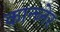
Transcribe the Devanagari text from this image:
कान्च्नेर